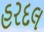
હરદલ